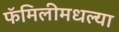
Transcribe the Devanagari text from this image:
फॅमिलीमधल्या